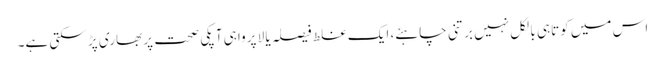
اس میں کوتاہی بالکل نہیں برتنی چاہئے، ایک غلط فیصلہ یا لا پرواہی آپکی صحت پر بھاری پڑ سکتی ہے۔